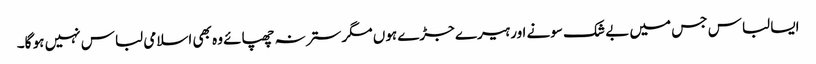
ایسا لباس جس میں بے شک سونے اور ہیرے جڑے ہوں مگر ستر نہ چھپائے وہ بھی اسلامی لباس نہیں ہو گا۔